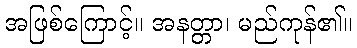
အဖြစ်ကြောင့်။ အနတ္တာ၊ မည်ကုန်၏။